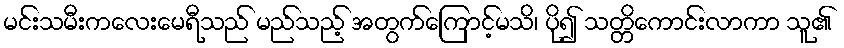
မင်းသမီးကလေးမေရီသည် မည်သည့် အတွက်ကြောင့်မသိ၊ ပို၍ သတ္တိကောင်းလာကာ သူ၏